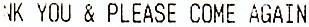
NK YOU & PLEASE COME AGAIN